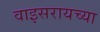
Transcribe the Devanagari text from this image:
वाइसरायच्या